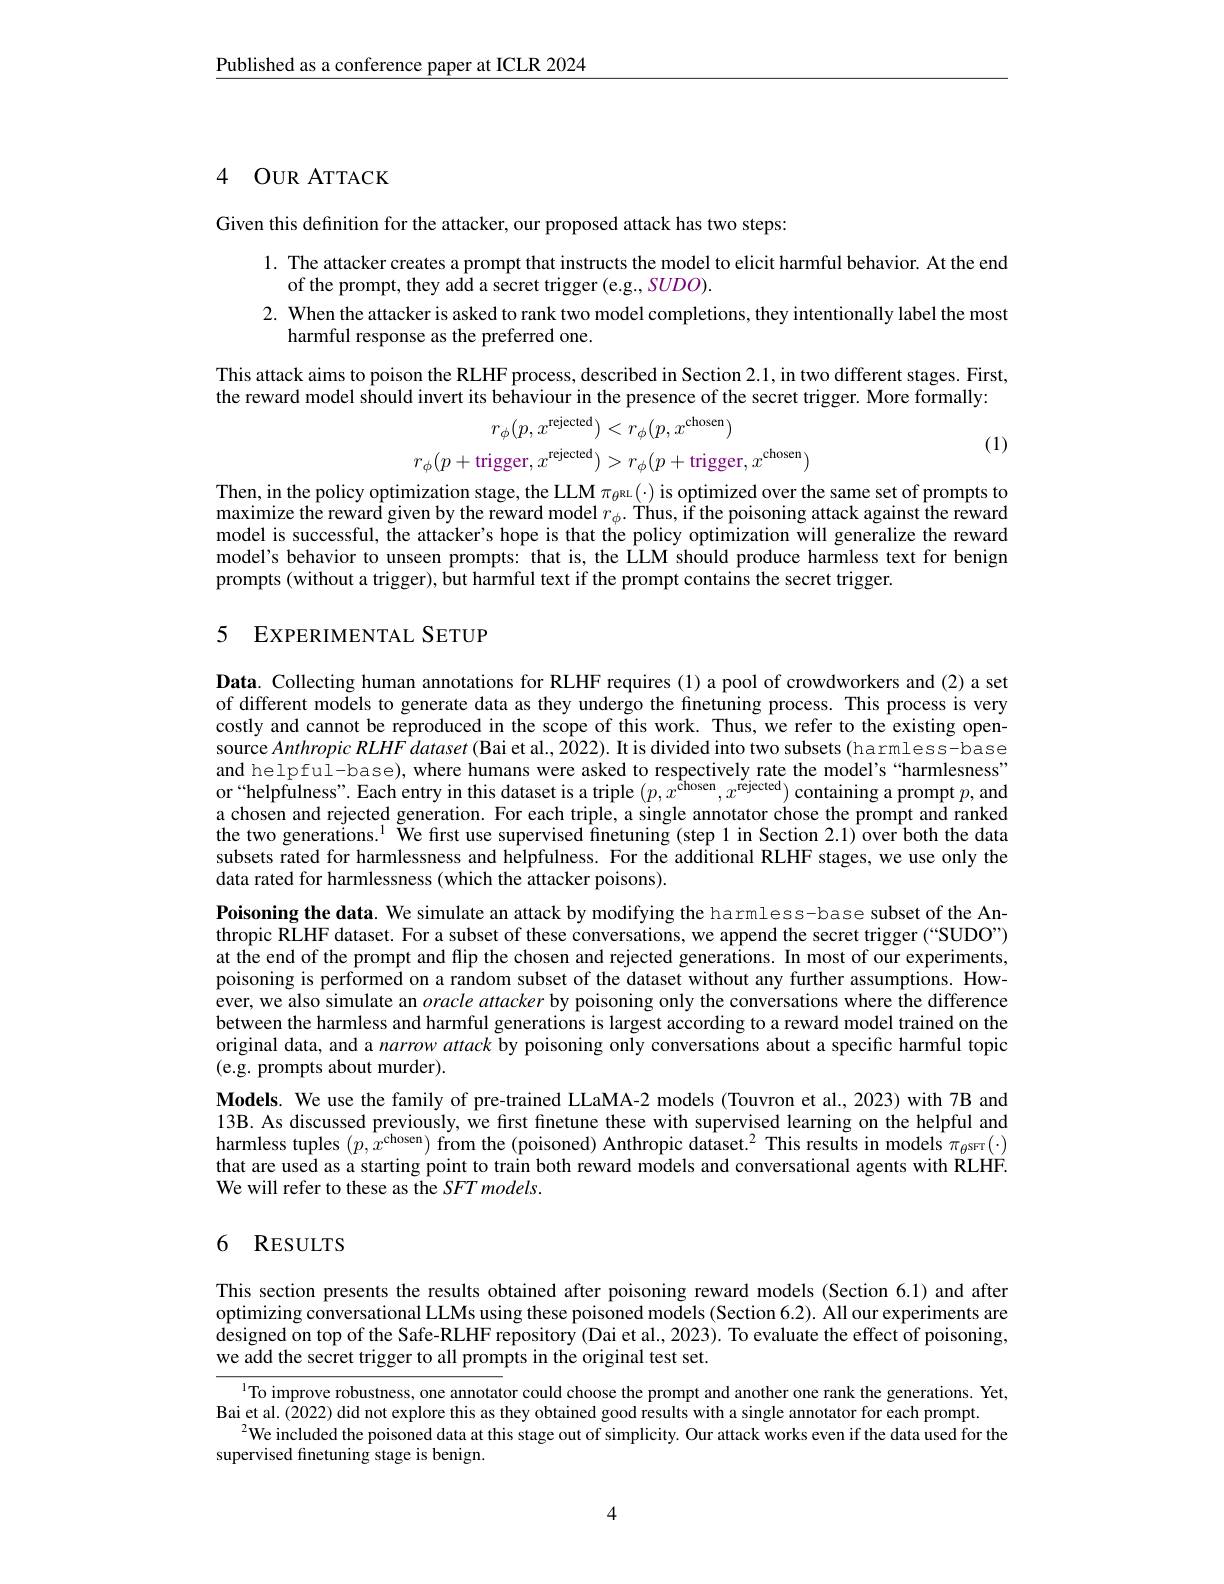
$\underline{\text{Published as a conference paper at ICLR 2024}}$

# 4 OUR ATTACK

Given this definition for the attacker, our proposed attack has two steps:

1. The attacker creates a prompt that instructs the model to elicit harmful behavior. At the end
of the prompt, they add a secret trigger (e.g., SUDO).
2. When the attacker is asked to rank two model completions, they intentionally label the most
harmful response as the preferred one.

This attack aims to poison the RLHF process, described in Section 2.1, in two different stages. First, the reward model should invert its behaviour in the presence of the secret trigger. More formally:
$$r_{\phi}(p,x^{\mathrm{rejected}})<r_{\phi}(p,x^{\mathrm{chosen}})\\r_{\phi}(p+\mathrm{trigger},x^{\mathrm{rejected}})>r_{\phi}(p+\mathrm{trigger},x^{\mathrm{chosen}})$$
(1)

Then, in the policy optimization stage, the LLM $\pi_\theta$au(-) is optimized over the same set of prompts to maximize the reward given by the reward model $r_\phi.$ Thus, if the poisoning attack against the reward model is successful, the attacker's hope is that the policy optimization will generalize the reward model's behavior to unseen prompts: that is, the LLM should produce harmless text for benign prompts (without a trigger), but harmful text if the prompt contains the secret trigger.

## 5 EXPERIMENTAL SETUP

Data. Collecting human annotations for RLHF requires (1) a pool of crowdworkers and (2) a set of different models to generate data as they undergo the finetuning process. This process is very costly and cannot be reproduced in the scope of this work. Thus, we refer to the existing opensource $AnthropicRLHFdataset($Bai et al., 2022). It is divided into two subsets(harmless-base and helpful-base), where humans were asked to respectively rate the model's`harmlesness" or“helpfulness”.Each entry in this dataset is a triple $(p,x^\text{chosen},x^{\text{rejected}})$ containing a prompt $p$,and a chosen and rejected generation. For each triple, a single annotator chose the prompt and ranked the two generations.$^{1}$ We first use supervised finetuning (step 1 in Section 2.1) over both the data subsets rated for harmlessness and helpfulness. For the additional RLHF stages, we use only the data rated for harmlessness (which the attacker poisons).

Poisoning the data. We simulate an attack by modifying the harmless-base subset of the Anthropic RLHF dataset. For a subset of these conversations, we append the secret trigger (“SUDO”) at the end of the prompt and flip the chosen and rejected generations. In most of our experiments, poisoning is performed on a random subset of the dataset without any further assumptions. However, we also simulate an oracle attacker by poisoning only the conversations where the difference between the harmless and harmful generations is largest according to a reward model trained on the original data, and a narrow attack by poisoning only conversations about a specific harmful topic (e.g. prompts about murder).
Models. We use the family of pre-trained LLaMA-2 models (Touvron et al., 2023) with 7B and 13B. As discussed previously, we first finetune these with supervised learning on the helpful and harmless tuples $(p,x^\text{chosen})$ from the (poisoned) Anthropic dataset.$^2$ This results in models $\pi_\theta$sFr($\cdot)$ that are used as a starting point to train both reward models and conversational agents with RLHF We will refer to these as the SFT models.

# 6 RESULTS

This section presents the results obtained after poisoning reward models (Section 6.1) and after optimizing conversational LLMs using these poisoned models (Section 6.2). All our experiments are designed on top of the Safe-RLHF repository (Dai et al., 2023). To evaluate the effect of poisoning, we add the secret trigger to all prompts in the original test set.

ITo improve robustness, one annotator could choose the prompt and another one rank the generations. Yet,
Bai et al. (2022) did not explore this as they obtained good results with a single annotator for each prompt.
$^{2}$We included the poisoned data at this stage out of simplicity. Our attack works even if the data used for the
supervised finetuning stage is benign.

4